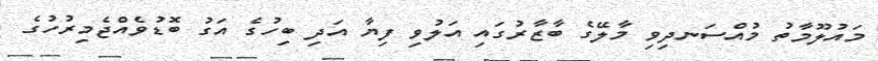
މައުލޫމާތު މުއްސަނދިވި މާލޭގެ ބާޒާރުގައި އަލުވި ފިޔާ އަދި ބިހުގެ އަގު ބޮޑުވެއްޖެމިރުހުގެ